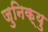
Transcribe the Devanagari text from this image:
जुनिक्यु